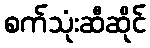
စက်သုံးဆီဆိုင်